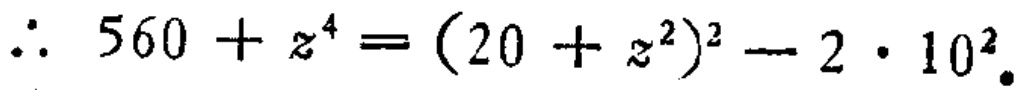
\(\therefore\ 560 + z^{4}=(20 + z^{2})^{2}-2\cdot10^{2}\)